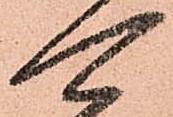
可